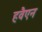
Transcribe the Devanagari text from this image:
हवैएन